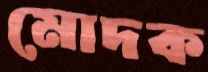
মোদক